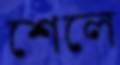
শেলে